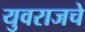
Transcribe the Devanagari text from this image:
युवराजचे